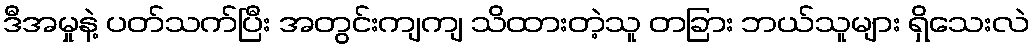
ဒီအမှုနဲ့ ပတ်သက်ပြီး အတွင်းကျကျ သိထားတဲ့သူ တခြား ဘယ်သူများ ရှိသေးလဲ